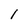
Character: l